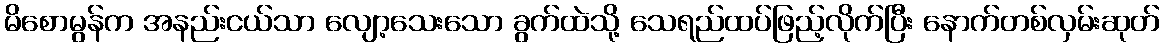
မိစောမွန်က အနည်းငယ်သာ လျော့သေးသော ခွက်ထဲသို့ သေရည်ထပ်ဖြည့်လိုက်ပြီး နောက်တစ်လှမ်းဆုတ်